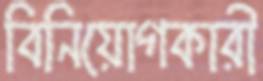
বিনিয়োগকারী